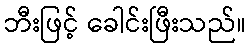
ဘီးဖြင့် ခေါင်းဖြီးသည်။